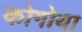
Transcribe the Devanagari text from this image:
कोगोया